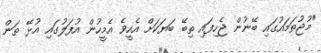
"މުޖުތަމައުގައި ބޭނުން ޖެހިފައި ތިބޭ ބަޔަކަށް އެހީވެ އެމީހުން އުފަލުގައި އުޅޭ ތަން